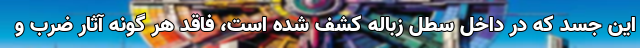
این جسد که در داخل سطل زباله کشف شده است، فاقد هر گونه آثار ضرب و